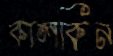
কালকিন